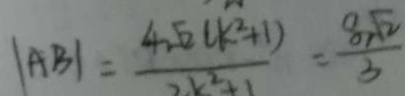
\vert A B \vert = \frac { 4 \sqrt { 2 } ( k ^ { 2 } + 1 ) } { 2 k ^ { 2 } + 1 } = \frac { 8 \sqrt { 2 } } { 3 }